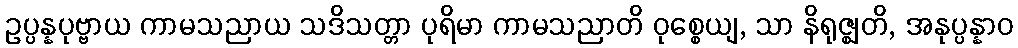
ဥပ္ပန္နပုဗ္ဗာယ ကာမသညာယ သဒိသတ္တာ ပုရိမာ ကာမသညာတိ ဝုစ္စေယျ, သာ နိရုဇ္ဈတိ, အနုပ္ပန္နာဝ